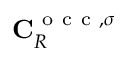
\mathbf { C } _ { R } ^ { \mathrm { ~ o ~ c ~ c ~ } , \sigma }